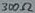
Text: 300Ω